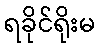
ရခိုင်ရိုးမ